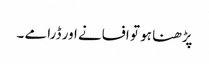
پڑھنا ہو تو افسانے اور ڈرامے ۔